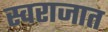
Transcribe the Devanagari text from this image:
स्वराजात